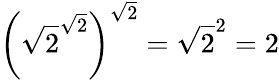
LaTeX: \left({\sqrt{2}}^{\sqrt{2}}\right)^{\sqrt{2}}={\sqrt{2}}^{2}=2